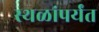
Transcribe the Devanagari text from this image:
स्थळांपर्यंत